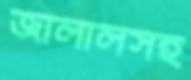
জালালসহ